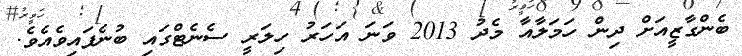
ބެެންގާޒީއަށް ދިން ހަމަލާއާ މެދު 2013 ވަނަ އަހަރު ހިލަރީ ސެނެޓްގައި ބުނެފައިވެއެވެ.